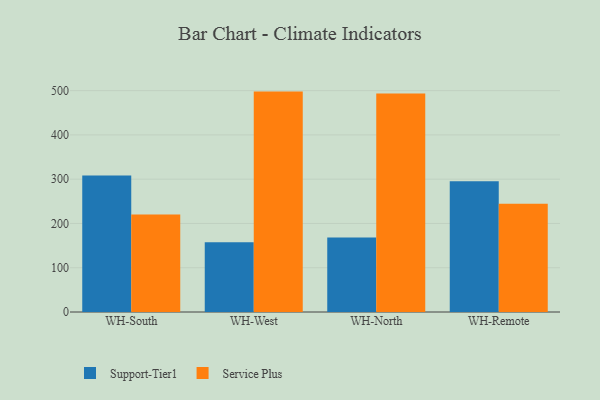
{"axis": {"x": "Warehouse", "y": "Conversion Rate (%)"}, "legend": ["Service Plus", "Support-Tier1"], "data": [{"x": "WH-South", "y": 308.1, "type": "Support-Tier1"}, {"x": "WH-South", "y": 220.1, "type": "Service Plus"}, {"x": "WH-West", "y": 157.3, "type": "Support-Tier1"}, {"x": "WH-West", "y": 497.8, "type": "Service Plus"}, {"x": "WH-North", "y": 168.2, "type": "Support-Tier1"}, {"x": "WH-North", "y": 493.3, "type": "Service Plus"}, {"x": "WH-Remote", "y": 295.5, "type": "Support-Tier1"}, {"x": "WH-Remote", "y": 244.5, "type": "Service Plus"}]}